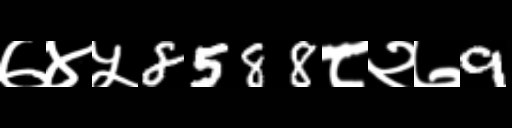
Text: ७४५8588८२७9